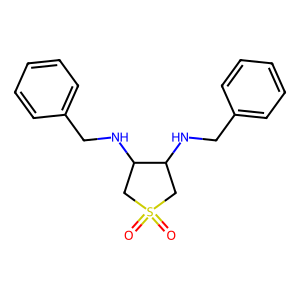
SMILES: O=S1(=O)CC(NCc2ccccc2)C(NCc2ccccc2)C1
Inhibits HIV replication: No